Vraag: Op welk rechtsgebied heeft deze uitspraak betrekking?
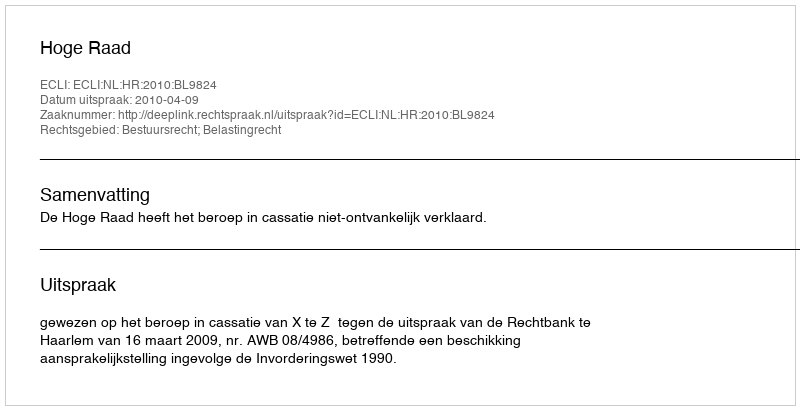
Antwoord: Bestuursrecht; Belastingrecht